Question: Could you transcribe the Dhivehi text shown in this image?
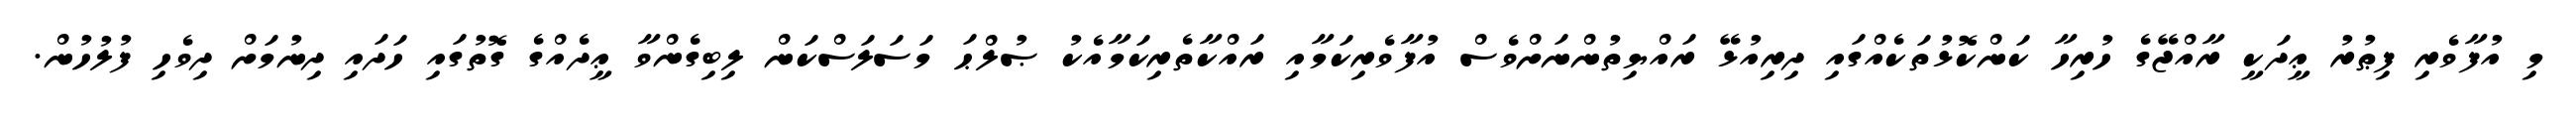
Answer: މި އުފާވެރި ފިޠުރު ޢީދަކީ ރާއްޖޭގެ ހުރިހާ ކަންކޮޅުތަކެއްގައި ދިރިއުޅޭ ރައްޔިތުންނަށްވެސް އުފާވެރިކަމާއި ރައްކާތެރިކަމާއެކު ޞުލްޙަ މަސަލަސްކަން ލިބިގެންވާ ޢީދެއްގެ ގޮތުގައި ހަދައި ދިނުމަށް ދިވެހި ފުލުހުން.